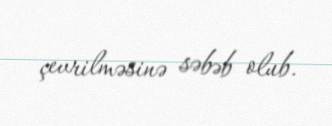
çevrilməsinə səbəb olub.